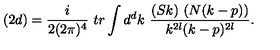
( 2 d ) = \frac { i } { 2 ( 2 \pi ) ^ { 4 } } \ t r \int d ^ { d } k \ \frac { ( S k ) \ ( N ( k - p ) ) } { k ^ { 2 l } ( k - p ) ^ { 2 l } } .